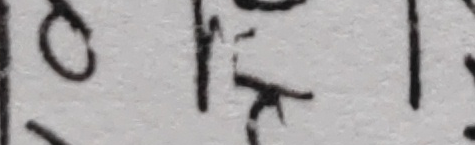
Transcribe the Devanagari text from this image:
क्त